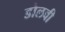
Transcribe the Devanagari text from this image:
डोलवी